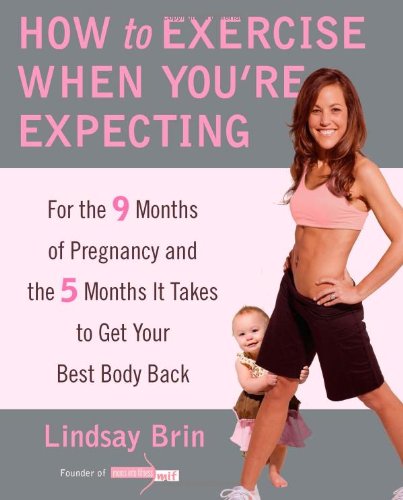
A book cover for How to Exercise When You're Expecting: For the 9 Months of Pregnancy and the 5 Months It Takes to Get Your Best Body Ba ck; Lindsay Brin; Parenting & Relationships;